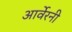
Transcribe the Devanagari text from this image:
आर्वेरनी